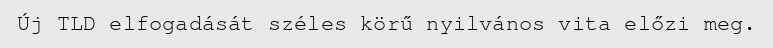
Új TLD elfogadását széles körű nyilvános vita előzi meg.